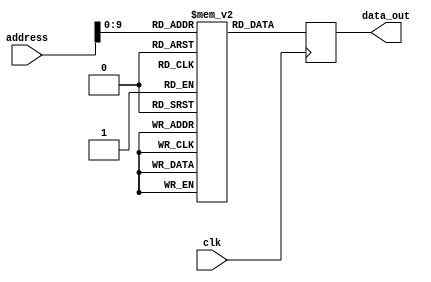
module flash_rom (
    input wire clk,
    input wire [15:0] address,
    output reg [7:0] data_out
);

reg [7:0] memory [0:1023]; // 1024 memory blocks in grid format

always @(posedge clk) begin
    data_out <= memory[address];
    
end

endmodule